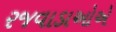
રજવાડાઓએ